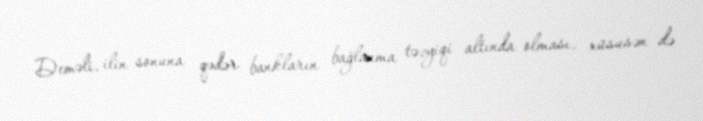
Deməli, ilin sonuna qədər bankların bağlanma təzyiqi altında olması, xüsusən də